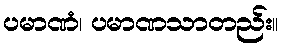
ပမာဏံ၊ ပမာဏသာတည်း။